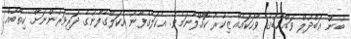
ބުން ޢަބްދުލް ވައްހާބުގެ ވާހަކައެއް ޒިކުރު ކޮއްލާނަމެވެ. އެކަލޭގެފާނު އެކަލޭގެފާނުގެ ދަރިވަރުންނަށް ކިތާބުއް